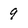
Character: 9